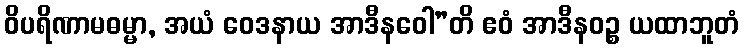
ဝိပရိဏာမဓမ္မာ, အယံ ဝေဒနာယ အာဒီနဝေါ”တိ ဧဝံ အာဒီနဝဉ္စ ယထာဘူတံ